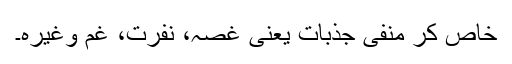
خاص کر منفی جذبات یعنی غصہ، نفرت، غم وغیرہ۔